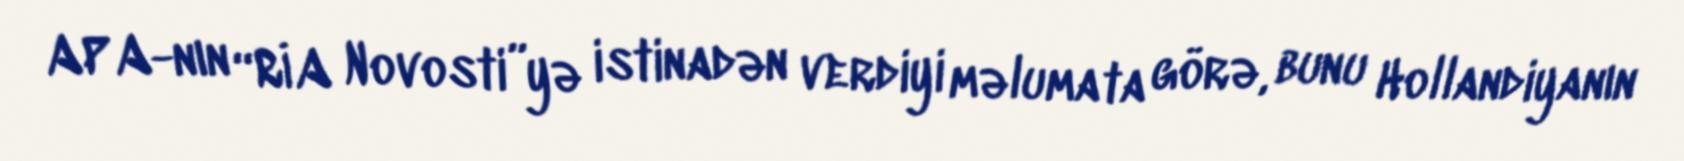
APA-nın “RİA Novosti”yə istinadən verdiyi məlumata görə, bunu Hollandiyanın